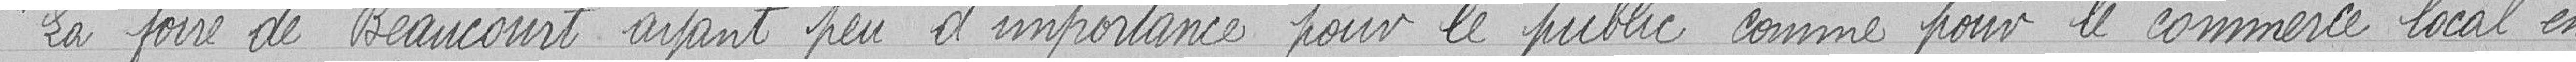
"La foire de Beaucourt ayant peu d'importance pour le public comme pour le commerce local en